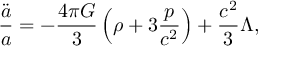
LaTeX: { \frac { \ddot { a } } { a } } = - { \frac { 4 \pi G } { 3 } } \left( \rho + 3 { \frac { p } { c ^ { 2 } } } \right) + { \frac { c ^ { 2 } } { 3 } } \Lambda ,